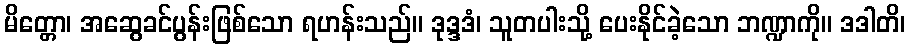
မိတ္တော၊ အဆွေခင်ပွန်းဖြစ်သော ရဟန်းသည်။ ဒုဒ္ဒဒံ၊ သူတပါးသို့ ပေးနိုင်ခဲ့သော ဘဏ္ဍာကို။ ဒဒါတိ၊